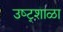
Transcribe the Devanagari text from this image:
उष्ट्र्शाळा